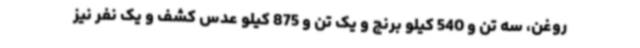
روغن، سه تن و 540 کیلو برنج و یک تن و 875 کیلو عدس کشف و یک نفر نیز